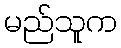
မည်သူက